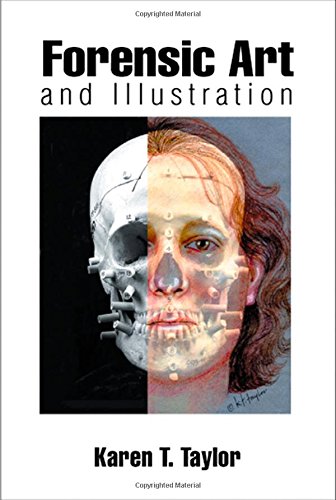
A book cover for Forensic Art and Illustration; Karen T. Taylor; Politics & Social Sciences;